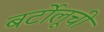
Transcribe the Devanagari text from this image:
बर्टोलूची